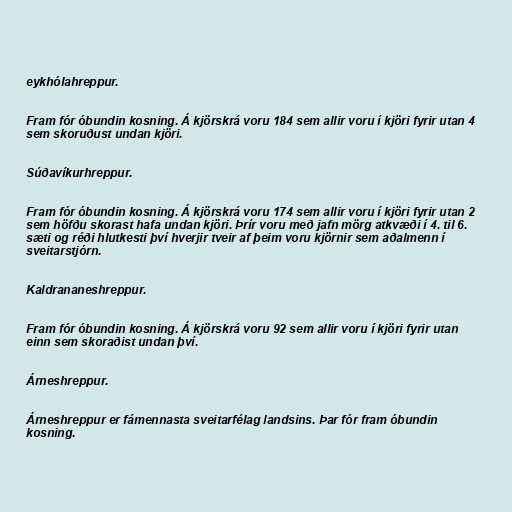
eykhólahreppur.

Fram fór óbundin kosning. Á kjörskrá voru 184 sem allir voru í kjöri fyrir utan 4
sem skoruðust undan kjöri.

Súðavíkurhreppur.

Fram fór óbundin kosning. Á kjörskrá voru 174 sem allir voru í kjöri fyrir utan 2
sem höfðu skorast hafa undan kjöri. Þrír voru með jafn mörg atkvæði í 4. til 6.
sæti og réði hlutkesti því hverjir tveir af þeim voru kjörnir sem aðalmenn í
sveitarstjórn.

Kaldrananeshreppur.

Fram fór óbundin kosning. Á kjörskrá voru 92 sem allir voru í kjöri fyrir utan
einn sem skoraðist undan því.

Árneshreppur.

Árneshreppur er fámennasta sveitarfélag landsins. Þar fór fram óbundin
kosning.